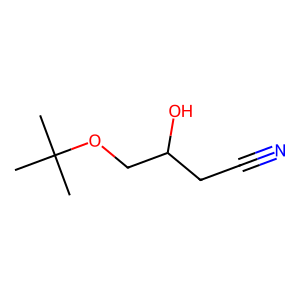
SMILES: CC(C)(C)OCC(O)CC#N
Inhibits HIV replication: No